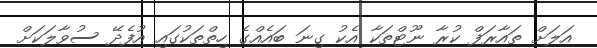
އަލަށް ތައާރަފް ކުރާ ނޫޓްތަކާ އެކު ގިނަ ބައެއްގެ ހިތްތަކުގައި އުފެދޭ ސުވާލަކަށް